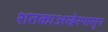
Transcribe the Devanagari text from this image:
शतकाअखेरपासून